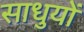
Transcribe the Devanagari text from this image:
साधुयों